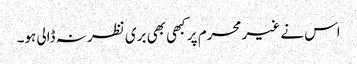
اس نے غیر محرم پر کبھی بھی بری نظر نہ ڈالی ہو۔